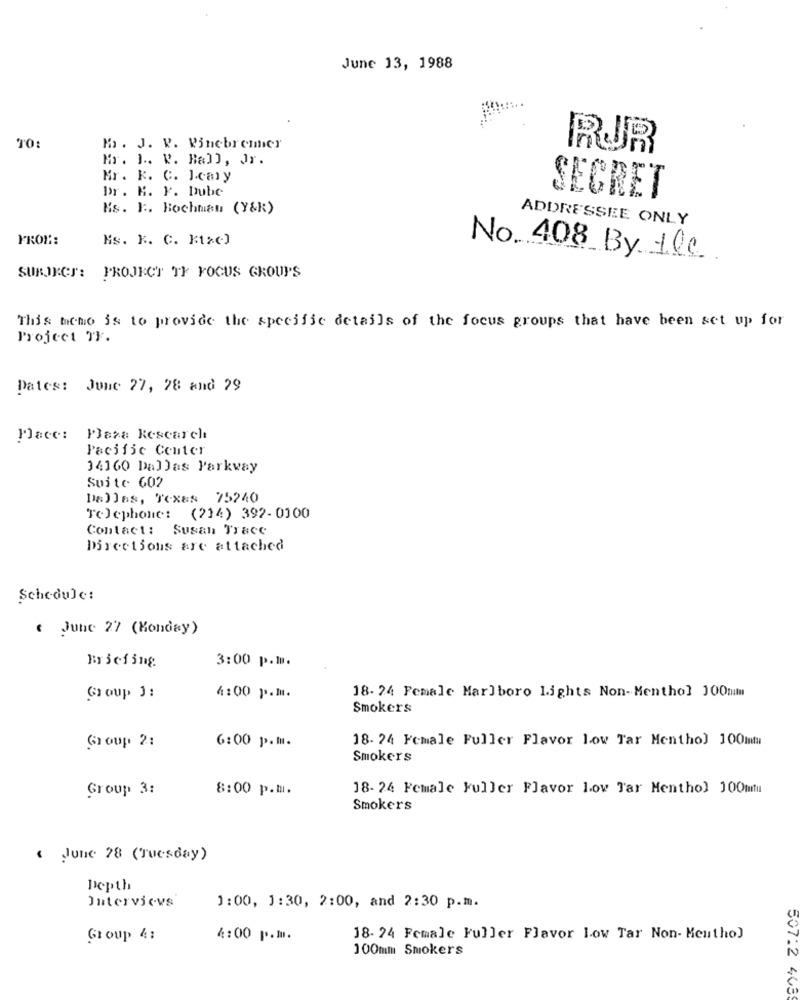
June 13, 1988
TO
M. J. V. Kinebremer
RJR
Mr. L. K. Ball, Jr.
Mr. K. C. J.cary
Dr. M. F. Dube
SEGRET
Ks. E. Bochman (Y&R)
ADDRESSEE ONLY
FROM:
Ns. K. C. K1ac)
No 408 By the
SUBJECT: PROJECT TF FOCUS GROUPS
This memo is to provide the specific details of the focus groups that have been set up for
Project TF.
Dates: June 27, 28 and 29
Place:
Faza Rescarch
Pacific Center
14160 Dallas Parkway
Suite 602
Dallas, Texas 75240
Telephone: (214) 392-0100
Contact: Susan Trace
Directions are attached
Schedule:
June 27 (Monday)
3:00 p.m.
Briefing
Group J:
4:00 p.m.
18- 24 Female Marlboro Lights Non-Menthol 100mm
Smokers
18- 24 Female Fuller Flavor low Tar Menthol 100mfu
Group 2:
6:00 p.m.
Smokers
Group 3:
8:00 p.m.
18- 24 Female Fuller Flavor Lov Tar Menthol 300mfu
Smokers
( June 28 (Tuesday)
Depth
Intervievs
1:00, 1:30, 2:00, and 2:30 p.m.
Group 4:
4:00 p.m.
18- 24 Female Fuller Flavor low Tar Non- Meutho)
100mm Smokers
507:2 4639